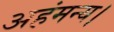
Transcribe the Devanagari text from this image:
अहंमन्य।